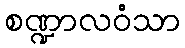
စဏ္ဍာလဝံသာ